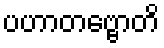
ပဟာတဗ္ဗောတိ